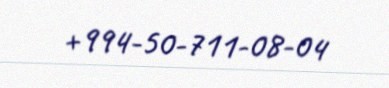
+994-50-711-08-04